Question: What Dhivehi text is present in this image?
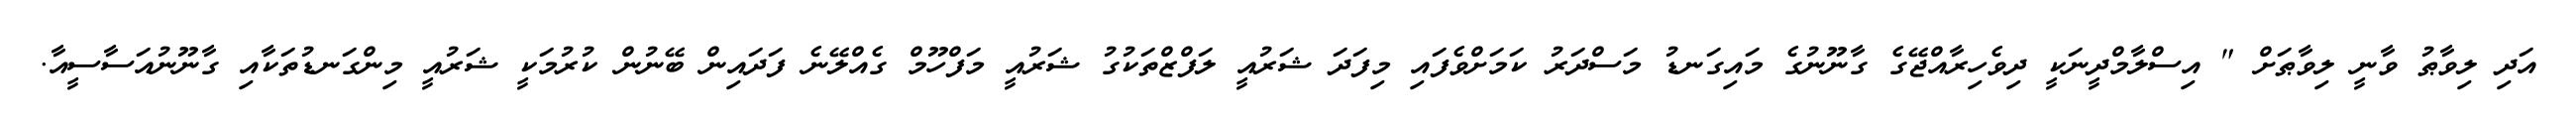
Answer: އަދި ލިވާޠު ވާނީ ލިވާޠަށް " އިސްލާމްދީނަކީ ދިވެހިރާއްޖޭގެ ގާނޫނުގެ މައިގަނޑު މަސްދަރު ކަމަށްވެފައި މިފަދަ ޝަރުއީ ލަފްޒްތަކުގު ޝަރުއީ މަފްހޫމް ގެއްލޭނެ ފަދައިން ބޭނުން ކުރުމަކީ ޝަރުއީ މިންގަނޑުތަކާއި ގާނޫނުއަސާސީއާ.